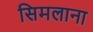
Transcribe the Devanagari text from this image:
सिमलाना